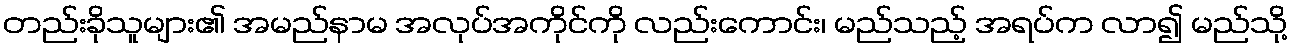
တည်းခိုသူများ၏ အမည်နာမ အလုပ်အကိုင်ကို လည်းကောင်း၊ မည်သည့် အရပ်က လာ၍ မည်သို့